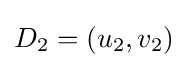
D_{2}=(u_{2},v_{2})